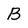
Character: B